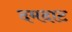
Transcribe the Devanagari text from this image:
दमदाट